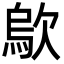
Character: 歍